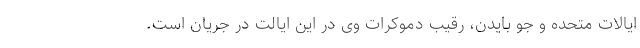
ایالات متحده و جو بایدن، رقیب دموکرات وی در این ایالت در جریان است.